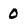
Character: 0